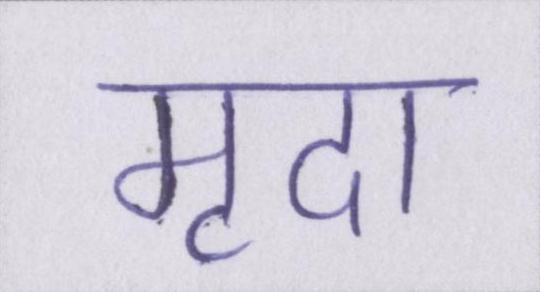
मृदा